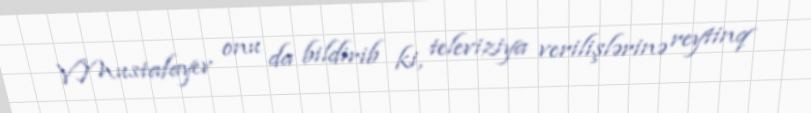
V.Mustafayev onu da bildirib ki, televiziya verilişlərinə reytinq